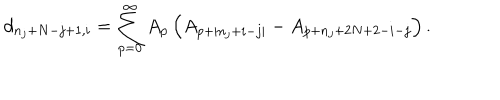
d _ { n _ { j } + N - j + 1 , i } = \sum _ { p = 0 } ^ { \infty } A _ { p } \left( A _ { p + | n _ { j } + i - j | } - A _ { p + n _ { j } + 2 N + 2 - i - j } \right) .